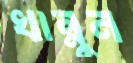
খান্নুন